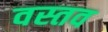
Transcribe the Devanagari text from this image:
वस्तव